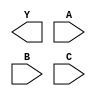
module sky130_fd_sc_ms__nor3 (
    Y,
    A,
    B,
    C
);

    output Y;
    input  A;
    input  B;
    input  C;

    // Voltage supply signals
    supply1 VPWR;
    supply0 VGND;
    supply1 VPB ;
    supply0 VNB ;

endmodule